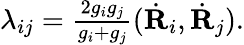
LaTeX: \begin{array}{r}{\lambda_{ij}=\frac{2g_{i}g_{j}}{g_{i}+g_{j}}(\dot{\mathbf R}_{i},\dot{\mathbf R}_{j}).}\end{array}